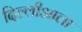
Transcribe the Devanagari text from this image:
दिल्लीआला